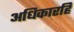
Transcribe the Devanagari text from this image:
अधिकारहि